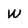
Character: w